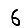
Digit: 6